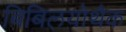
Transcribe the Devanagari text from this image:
बिबिलयोथैक